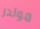
مولدر